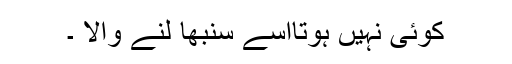
کوئی نہیں ہوتااسے سنبھا لنے والا ۔